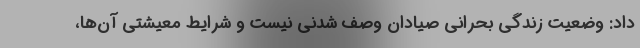
داد: وضعیت زندگیِ بحرانی صیادان وصف شدنی نیست و شرایط معیشتی آن‌ها،